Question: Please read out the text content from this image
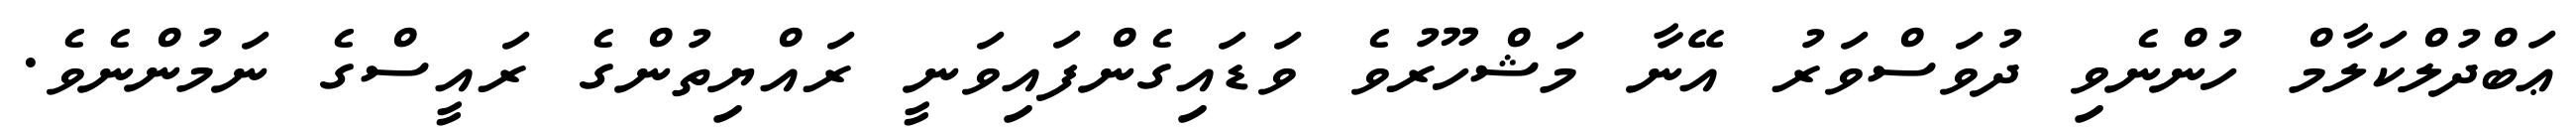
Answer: ޢަބްދުލްކަލާމް ހުންނެވި ދުވަސްވަރު އޭނާ މަޝްހޫރުވެ ވަޑައިގެންފައިވަނީ ރައްޔިތުންގެ ރައީސްގެ ނަމުންނެވެ.